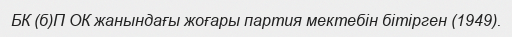
БК (б)П ОК жанындағы жоғары партия мектебін бітірген (1949).